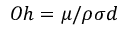
O h = \mu / \rho \sigma d